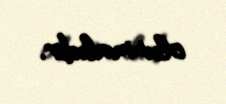
olunmalıdır.